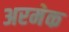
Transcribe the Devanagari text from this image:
अरमेक